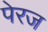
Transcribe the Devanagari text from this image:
पेरज